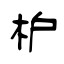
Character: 枦